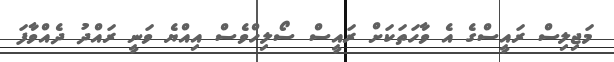
މަޖިލިސް ރައީސްގެ އެ ވާހަތަކަށް ރައީސް ސޯލިހްވެސް އިއްޔެ ވަނީ ރައްދު ދެެއްވާފަ